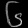
Digit: ၆